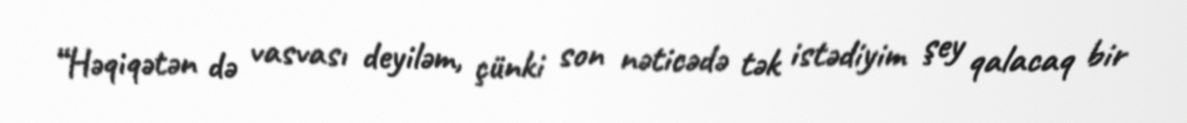
“Həqiqətən də vasvası deyiləm, çünki son nəticədə tək istədiyim şey qalacaq bir